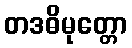
တဒဓိမုတ္တော